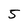
Character: 5